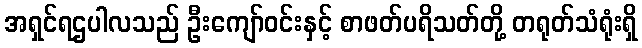
အရှင်ရဌပါလသည် ဦးကျော်ဝင်းနှင့် စာဖတ်ပရိသတ်တို့ တရုတ်သံရုံးရှိ